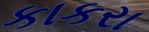
કાકરા